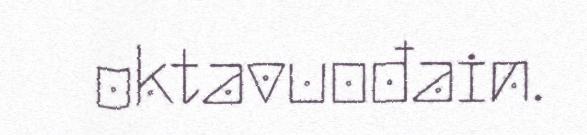
oktavuođain.